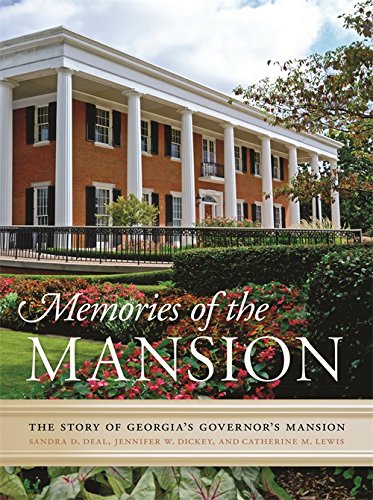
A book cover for Memories of the Mansion: The Story of Georgia's Governor's Mansion; Catherine Lewis; Arts & Photography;